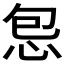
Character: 𫹾